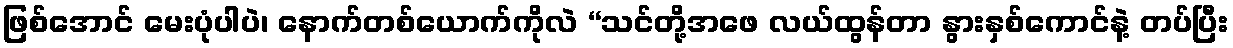
ဖြစ်အောင် မေးပုံပါပဲ၊ နောက်တစ်ယောက်ကိုလဲ “သင်တို့အဖေ လယ်ထွန်တာ နွားနှစ်ကောင်နဲ့ တပ်ပြီး